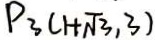
P _ { 3 } ( 1 + \sqrt { 3 } , 3 )